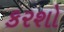
કરશો